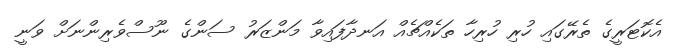
އެކޮޓަރީގެ ތެރޭގައި ހުރި ހުރިހާ ތަކެއްޗެއް އަނދާފައިވާ މަންޒަރު ސަންގެ ނޫސްވެރިންނަށް ވަނީ